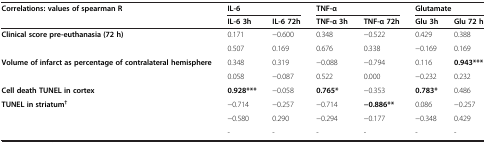
<table><thead><tr><td><b>Correlations: values of spearman R</b></td><td colspan="2"><b>IL-6</b></td><td colspan="2"><b>TNF-α</b></td><td colspan="2"><b>Glutamate</b></td></tr><tr><td><b> </b></td><td><b>IL-6 3h</b></td><td><b>IL-6 72h</b></td><td><b>TNF-α 3h</b></td><td><b>TNF-α 72h</b></td><td><b>Glu 3h</b></td><td><b>Glu 72 h</b></td></tr></thead><tbody><tr><td rowspan="2"><b>Clinical score pre-euthanasia (72 h)</b></td><td>0.171</td><td>−0.600</td><td>0.348</td><td>−0.522</td><td>0.429</td><td>0.388</td></tr><tr><td>0.507</td><td>0.169</td><td>0.676</td><td>0.338</td><td>−0.169</td><td>0.169</td></tr><tr><td rowspan="2"><b>Volume of infarct as percentage of contralateral hemisphere</b></td><td>0.348</td><td>0.319</td><td>−0.088</td><td>−0.794</td><td>0.116</td><td><b>0.943***</b></td></tr><tr><td>0.058</td><td>−0.087</td><td>0.522</td><td>0.000</td><td>−0.232</td><td>0.232</td></tr><tr><td><b>Cell death TUNEL in cortex</b></td><td><b>0.928***</b></td><td>−0.058</td><td><b>0.765*</b></td><td>−0.353</td><td><b>0.783*</b></td><td>0.486</td></tr><tr><td rowspan="3"><b>TUNEL in striatum</b><sup><b>†</b></sup></td><td>−0.714</td><td>−0.257</td><td>−0.714</td><td><b>−0.886**</b></td><td>0.086</td><td>−0.257</td></tr><tr><td>−0.580</td><td>0.290</td><td>−0.294</td><td>−0.177</td><td>−0.348</td><td>0.429</td></tr><tr><td>-</td><td>-</td><td>-</td><td>-</td><td>-</td><td>-</td></tr></tbody></table>